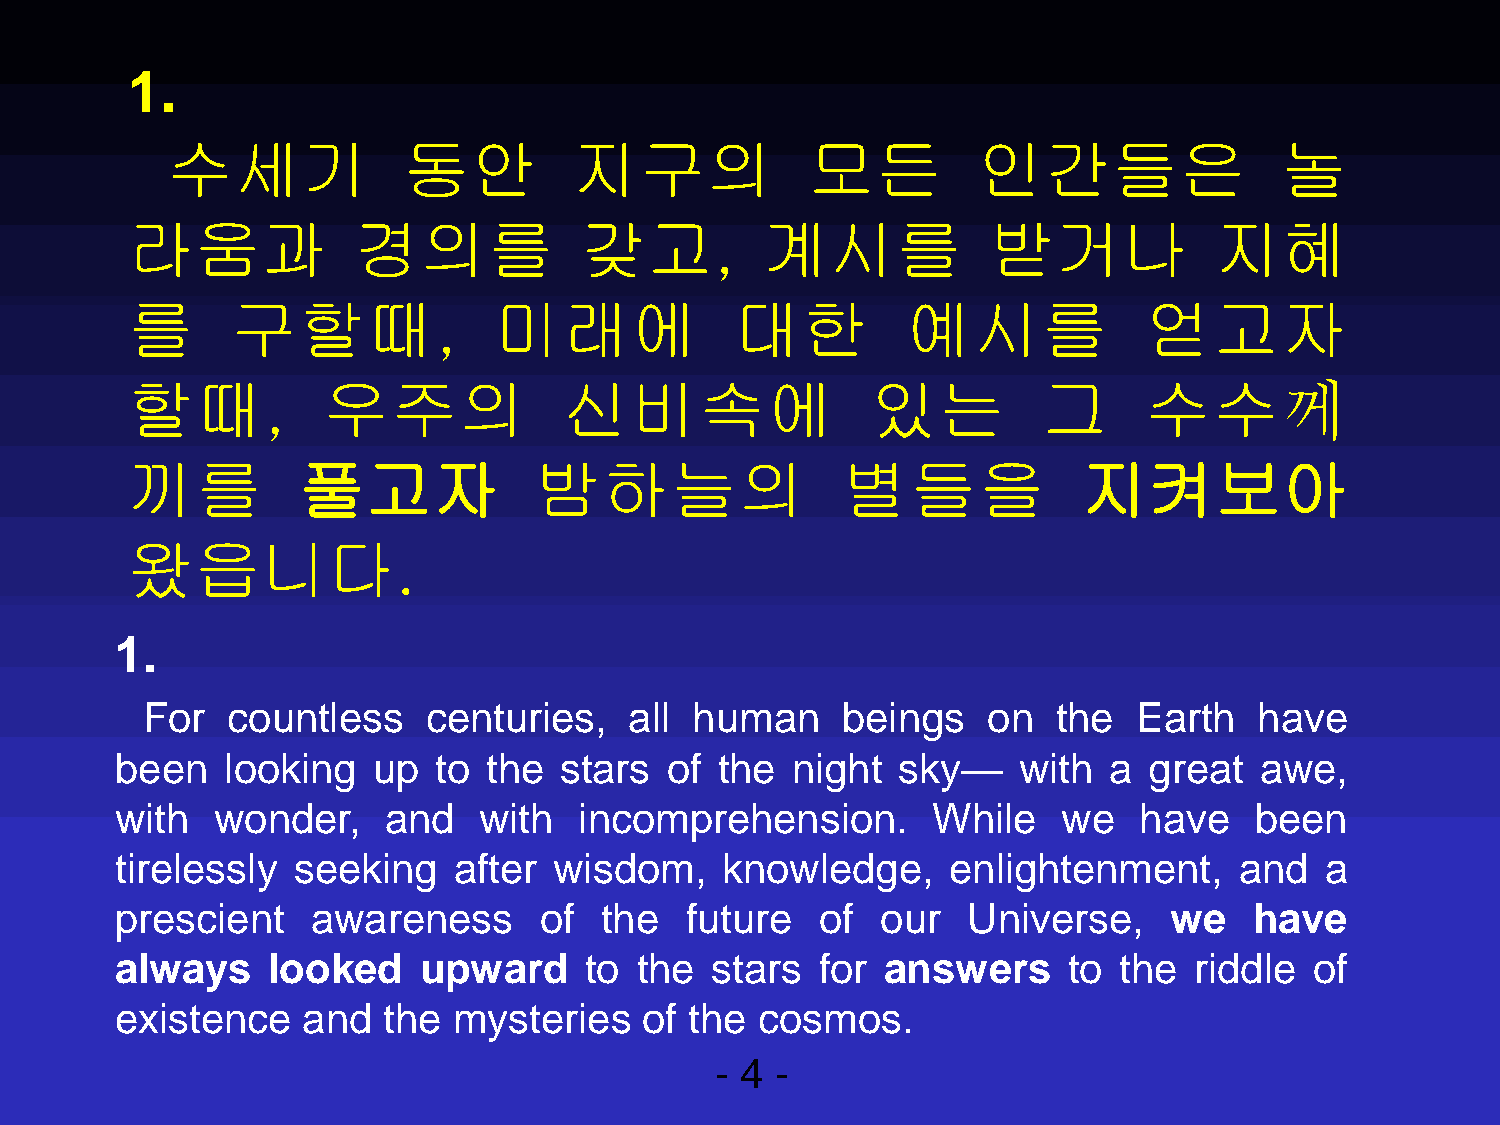
1.
 수세기             동안         지구의             모든         인간들은                놀
 라움과            경의를            갖고,         계시를            받거나            지혜
 를      구할때,              미래에             대한         예시를             얻고자
 할때,          우주의             신비속에                 있는         그      수수께
 끼를          풀고자            밤하늘의                 별들을             지켜보아
 왔읍니다.
 1.
 For   countless    centuries,    all human     beings   on   the  Earth   have
 been   looking   up  to the  stars  of  the night  sky—    with  a  great  awe,
 with  wonder,    and    with  incomprehension.        While   we   have    been
 tirelessly seeking    after  wisdom,    knowledge,     enlightenment,     and   a
 prescient    awareness      of  the  future   of  our   Universe,    we    have
 always    looked    upward     to the  stars  for  answers     to the  riddle  of
 existence   and  the  mysteries    of the cosmos.
 - 4 -